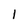
Character: 1